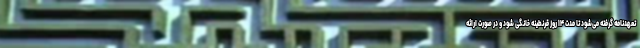
تعهدنامه گرفته می‌شود تا مدت ۱۴ روز قرنطینه خانگی شود و در صورت ارائه